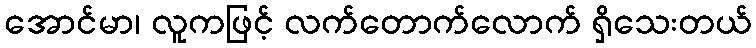
အောင်မာ၊ လူကဖြင့် လက်တောက်လောက် ရှိသေးတယ်